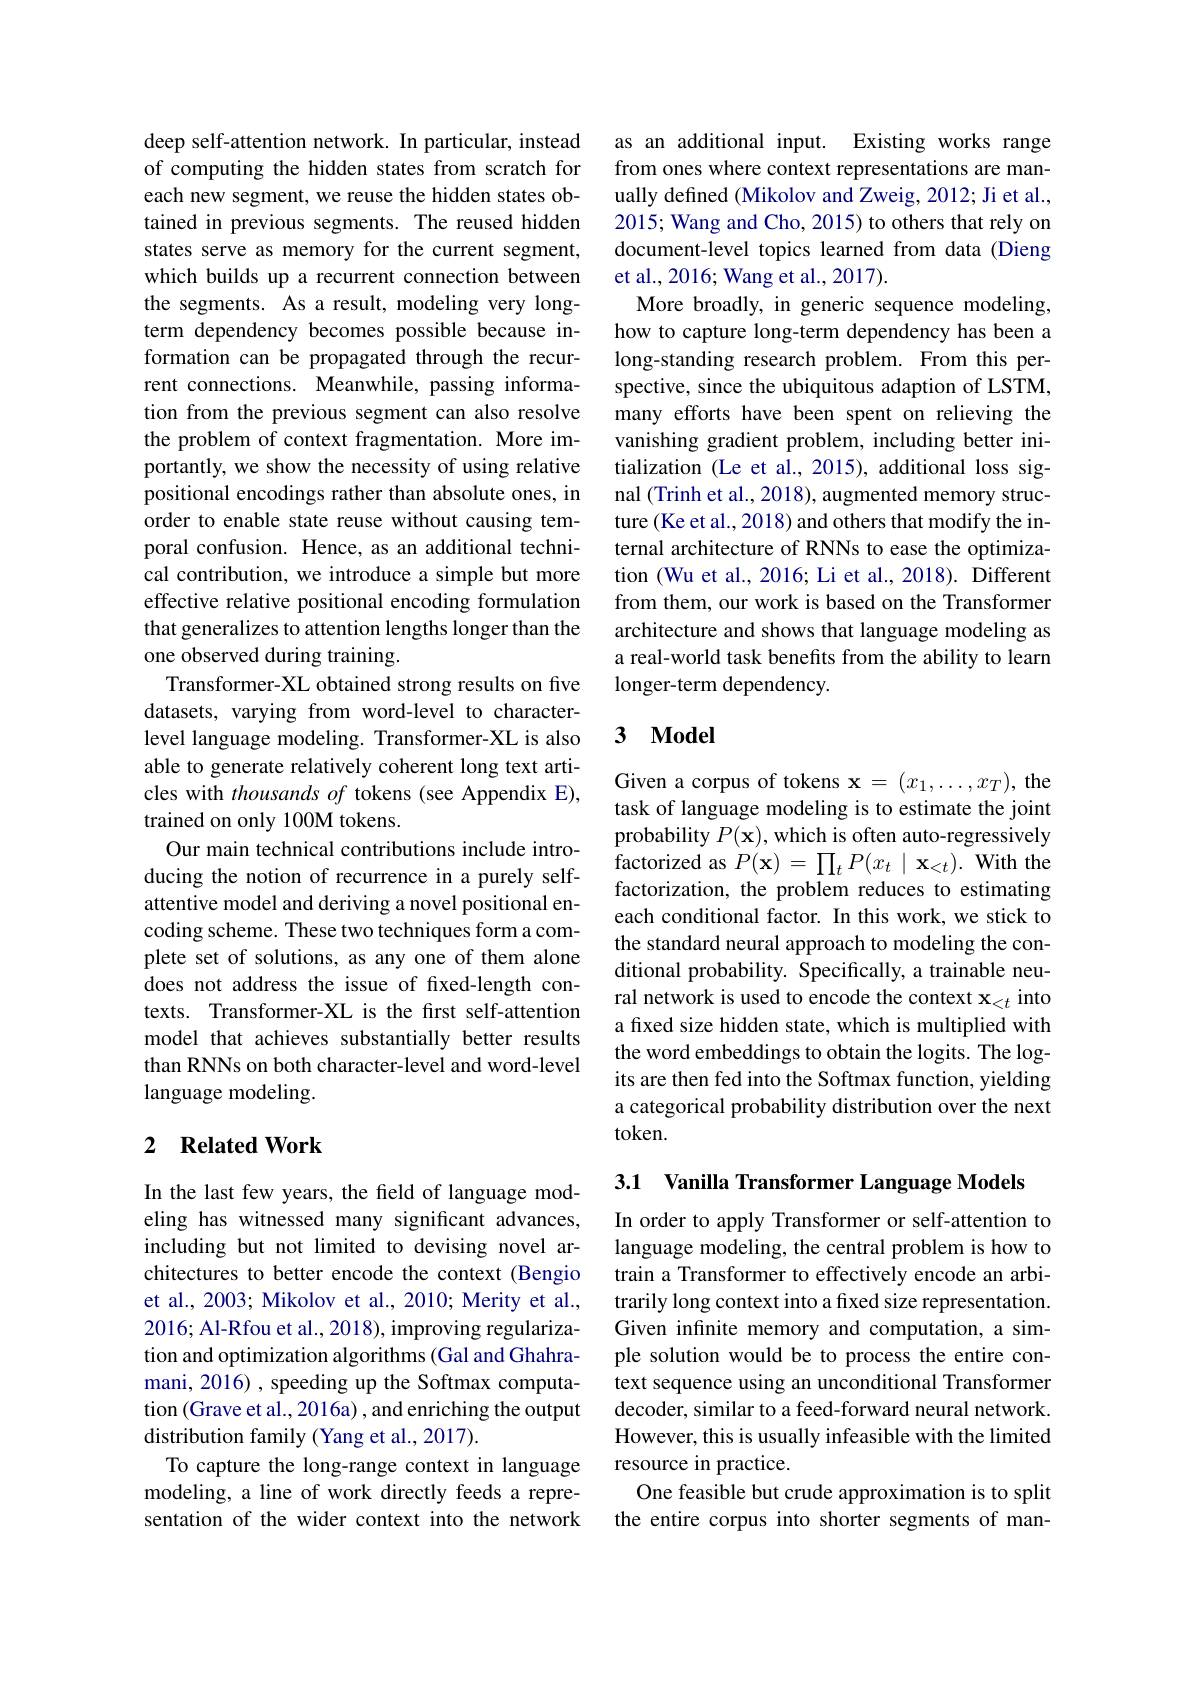
deep self-attention network. In particular, instead of computing the hidden states from scratch for each new segment, we reuse the hidden states obtained in previous segments. The reused hidden states serve as memory for the current segment, which builds up a recurrent connection between the segments. As a result, modeling very longterm dependency becomes possible because information can be propagated through the recurrent connections. Meanwhile, passing information from the previous segment can also resolve the problem of context fragmentation. More importantly, we show the necessity of using relative positional encodings rather than absolute ones, in order to enable state reuse without causing temporal confusion. Hence, as an additional technical contribution, we introduce a simple but more effective relative positional encoding formulation that generalizes to attention lengths longer than the one observed during training.
Transformer-XL obtained strong results on five datasets, varying from word-level to characterlevel language modeling. Transformer-XL is also able to generate relatively coherent long text articles with thousands of tokens (see Appendix E), trained on only 100M tokens.
Our main technical contributions include introducing the notion of recurrence in a purely selfattentive model and deriving a novel positional encoding scheme. These two techniques form a complete set of solutions, as any one of them alone does not address the issue of fixed-length contexts. Transformer-XL is the first self-attention model that achieves substantially better results than RNNs on both character-level and word-level language modeling.

## 2 Related Work

In the last few years, the feld of language modeling has witnessed many significant advances, including but not limited to devising novel architectures to better encode the context (Bengio et al., 2003; Mikolov et al., 2010; Merity et al., 2016; Al-Rfou et al., 2018), improving regularization and optimization algorithms (Gal and Ghahramani, 2016) , speeding up the Softmax computation (Grave et al., 2016a) , and enriching the output distribution family (Yang et al., 2017).
To capture the long-range context in language modeling, a line of work directly feeds a representation of the wider context into the network

as an additional input. Existing works range from ones where context representations are manually defined (Mikolov and Zweig, 2012; Ji et al., 2015; Wang and Cho, 2015) to others that rely on document-level topics learned from data (Dieng et al., 2016; Wang et al., 2017).
More broadly, in generic sequence modeling, how to capture long-term dependency has been a long-standing research problem. From this perspective, since the ubiquitous adaption of LSTM, many efforts have been spent on relieving the vanishing gradient problem, including better initialization (Le et al., 2015), additional loss signal (Trinh et al., 2018), augmented memory structure (Ke et al., 2018) and others that modify the internal architecture of RNNs to ease the optimization (Wu et al., 2016; Li et al., 2018). Different from them, our work is based on the Transformer architecture and shows that language modeling as a real-world task benefits from the ability to learn longer-term dependency.

### 3 $\mathbf{Model}$

Given a corpus of tokens $\mathbf{x}=(x_1,\ldots,x_T)$, the task of language modeling is to estimate the joint probability $P(\mathbf{x})$, which is often auto-regressively factorized as $P(\mathbf{x})=\prod_{t}P(x_{t}\mid\mathbf{x}_{<t}).$ With the factorization, the problem reduces to estimating each conditional factor. In this work, we stick to the standard neural approach to modeling the conditional probability. Specifically, a trainable neural network is used to encode the context $\mathbf{x}_<t$ into a fixed size hidden state, which is multiplied with the word embeddings to obtain the logits. The logits are then fed into the Softmax function, yielding a categorical probability distribution over the next token.

3.1 Vanilla Transformer Language Models

In order to apply Transformer or self-attention to language modeling, the central problem is how to train a Transformer to effectively encode an arbitrarily long context into a fixed size representation. Given infinite memory and computation, a simple solution would be to process the entire context sequence using an unconditional Transformer decoder, similar to a feed-forward neural network. However, this is usually infeasible with the limited resource in practice.
One feasible but crude approximation is to split the entire corpus into shorter segments of man-